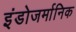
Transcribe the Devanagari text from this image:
इंडोजर्मानिक